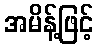
အမိန့်ဖြင့်